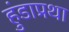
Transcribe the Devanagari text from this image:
हुंडाप्रथा